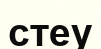
стеу